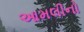
આમલીનો